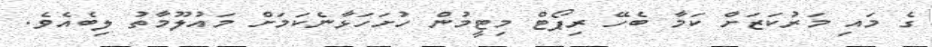
ގެ މައި މަރުކަޒަށް ކަމާ ބެހޭ ރިޕޯޓް މިޓީމުން ހުށަހަޅާނެކަމަށް މައުލޫމާތު ލިބެއެވެ.